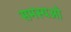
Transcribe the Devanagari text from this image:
समस्यओ